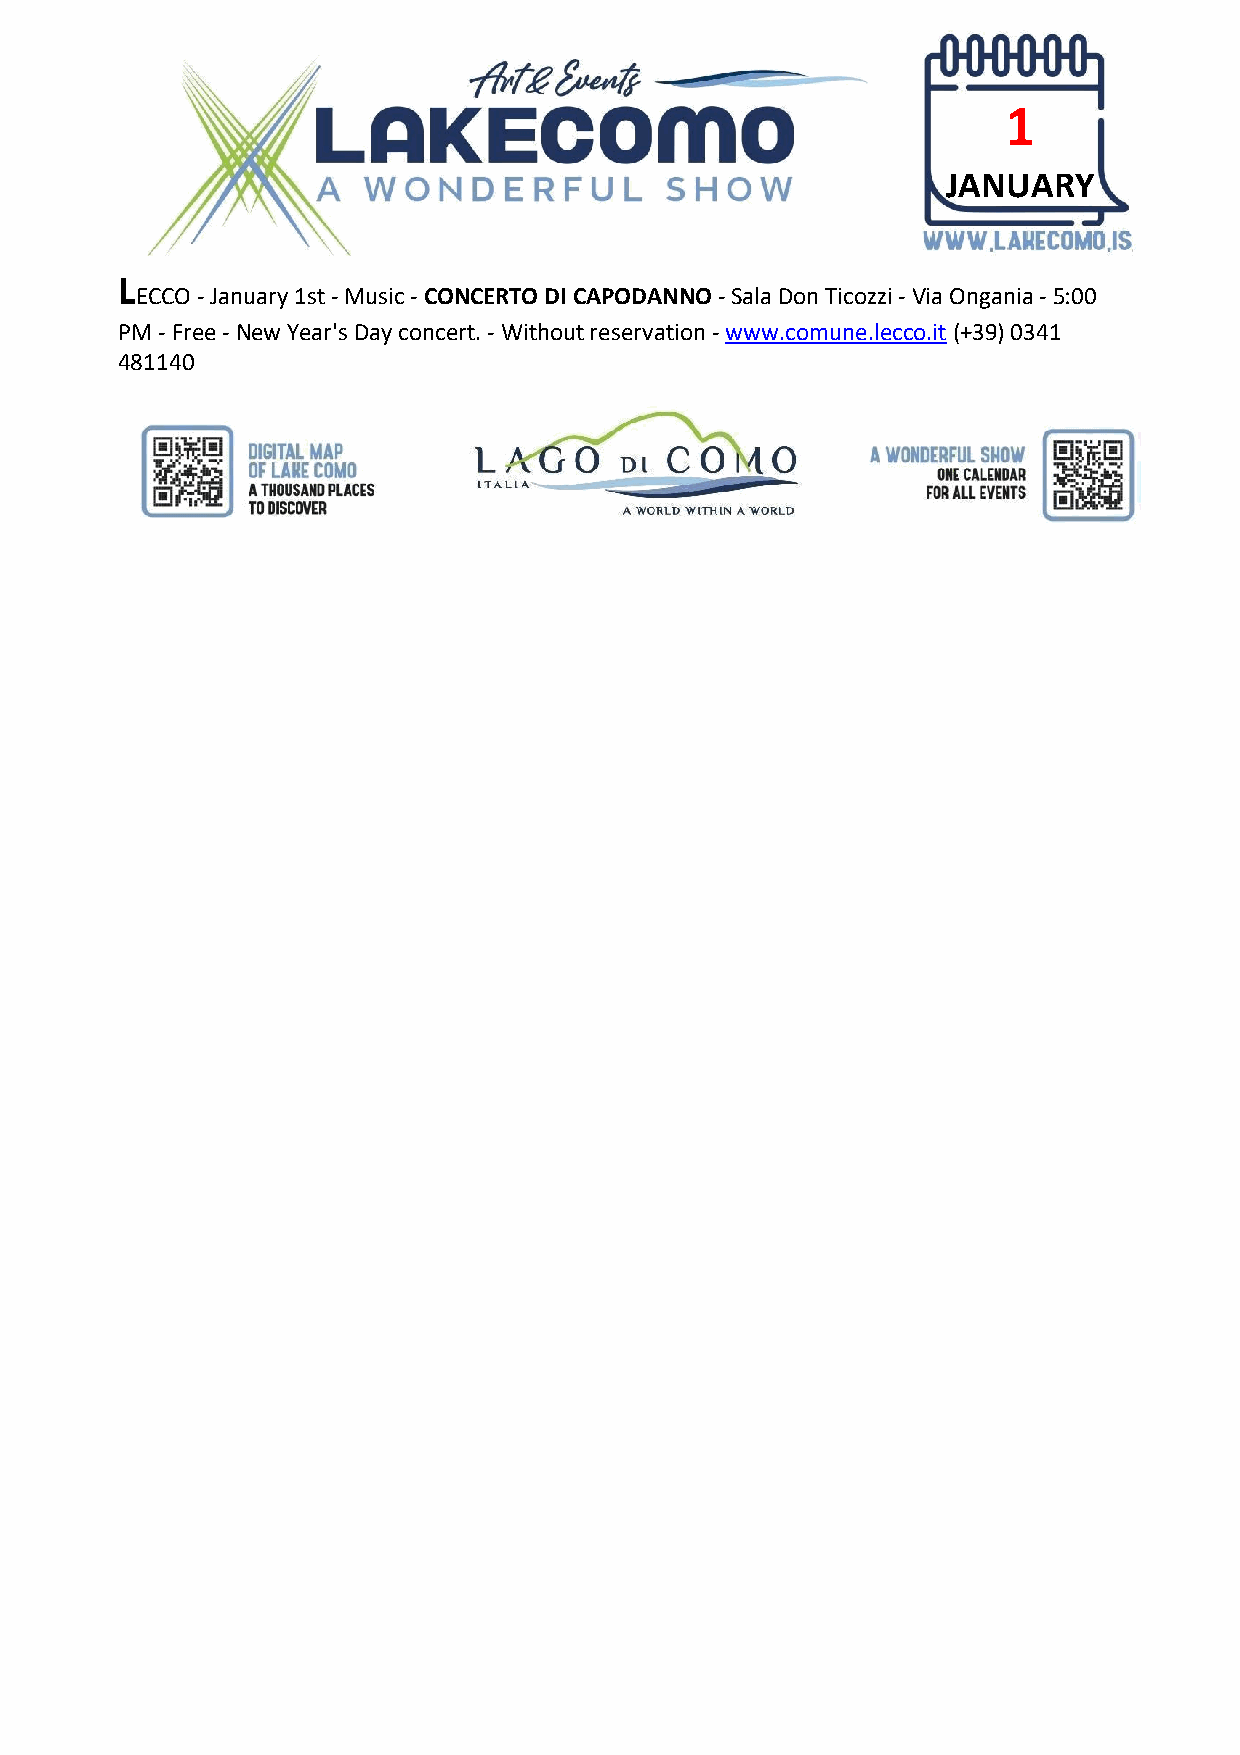
1
 JANUARY
 L
 ECCO - January 1st - Music - CONCERTO DI CAPODANNO - Sala Don Ticozzi - Via Ongania - 5:00
 PM - Free - New Year's Day concert. - Without reservation - www.comune.lecco.it (+39) 0341
 481140